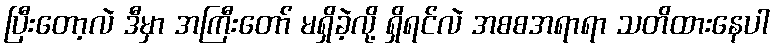
ပြီးတော့လဲ ဒီမှာ အကြီးတော် မရှိခဲ့လို့ ရှိရင်လဲ အစစအရာရာ သတိထားနေပါ